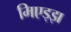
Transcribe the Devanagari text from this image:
मिएड्झ